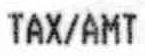
TAX/AMT